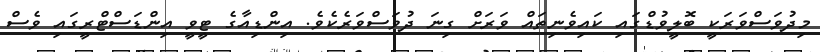
މިދުވަސްވަރަކީ ބޮލީވުޑްގައި ކައިވެނިތައް ވަރަށް ގިނަ ދުވަސްވަރެކެވެ. އިންޑިއާގެ ޓީވީ އިންޑަަސްޓްރީގައި ވެސް